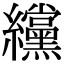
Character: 𫄗